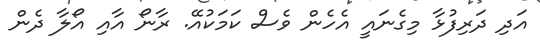
އަދި ދަރިފުޅާ މިގެނައީ އެހެން ވެސް ކަމަކުއޭ. ރާނޯ އާއި އޯލާ ދެން